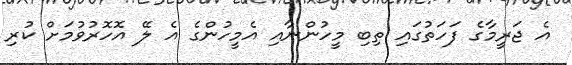
އެ ޖަރީމާގެ ފަހަތުގައި ތިބި މީހުންނާއި އެމީހުންގެ އެ ލޭ އޮހޮރުވުމަށް ކުރި